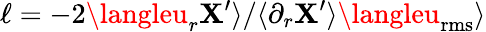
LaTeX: \ell=-2\langleu_{r}\mathbf{X}^{\prime}\rangle/\langle\partial_{r}\mathbf{X}^{\prime}\rangle\langleu_{\mathrm{{rms}}}\rangle